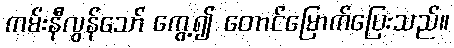
ကမ်းနီလွန်သော် ကွေ့၍ တောင်မြောက်ပြေးသည်။